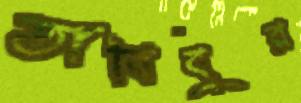
তাবিবুর